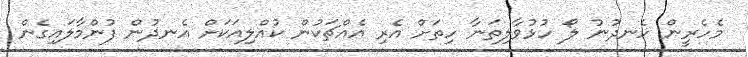
މެހެރީން ހެނދުނު ލޯ ހުޅުވާލިތަނާ ހިތަށް އެރި އެއްޗަކުން ކުއްލިއަކަށް އެނދުން ފުންމާލައިގެން